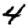
Digit: 4